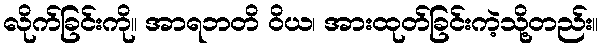
လိုက်ခြင်းကို။ အာရဘတိ ဝိယ၊ အားထုတ်ခြင်းကဲ့သို့တည်း။